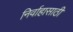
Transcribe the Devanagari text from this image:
निर्वाहासाठी